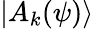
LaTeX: |A_{k}(\psi)\rangle